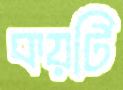
কয়টি